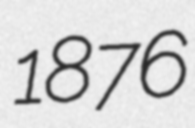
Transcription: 1876